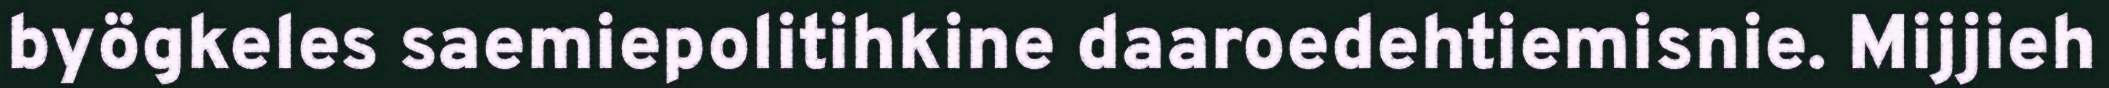
byögkeles saemiepolitihkine daaroedehtiemisnie. Mijjieh